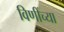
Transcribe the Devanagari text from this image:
विणींच्या